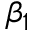
\beta _ { 1 }